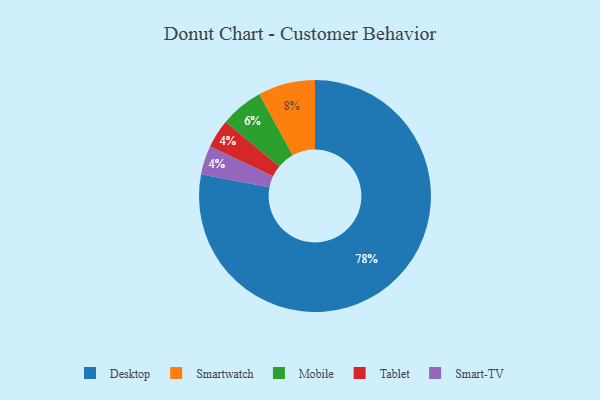
{"axis": {"x": "Category", "y": "Percentage"}, "legend": ["Desktop", "Mobile", "Smart-TV", "Smartwatch", "Tablet"], "data": [{"x": "Mobile", "y": 6, "type": "Mobile"}, {"x": "Tablet", "y": 4, "type": "Tablet"}, {"x": "Desktop", "y": 78, "type": "Desktop"}, {"x": "Smartwatch", "y": 8, "type": "Smartwatch"}, {"x": "Smart-TV", "y": 4, "type": "Smart-TV"}]}